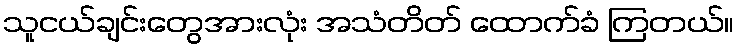
သူငယ်ချင်းတွေအားလုံး အသံတိတ် ထောက်ခံ ကြတယ်။